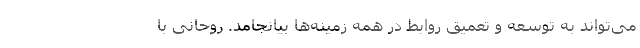
می‌تواند به توسعه و تعمیق روابط در همه زمینه‌ها بیانجامد. روحانی با